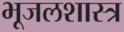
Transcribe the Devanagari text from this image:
भूजलशास्त्र